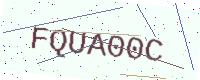
Text: FQUA00C